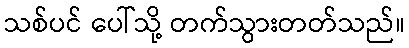
သစ်ပင် ပေါ်သို့ တက်သွားတတ်သည်။